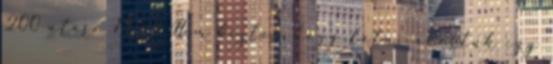
200 utasa 19:29 Nem biztos, hogy látni akartuk így